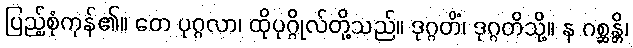
ပြည့်စုံကုန်၏။ တေ ပုဂ္ဂလာ၊ ထိုပုဂ္ဂိုလ်တို့သည်။ ဒုဂ္ဂတိံ၊ ဒုဂ္ဂတိသို့။ န ဂစ္ဆန္တိ၊